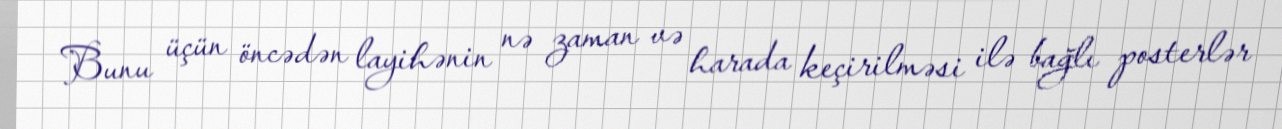
Bunu üçün öncədən layihənin nə zaman və harada keçirilməsi ilə bağlı posterlər